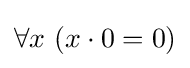
\forall x\ (x\cdot 0=0)